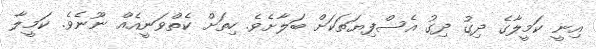
އިނީ ކަމީލާގެ ދިގު ދިގު އެސްފިޔަތަކަށް ބަލާށެވެ. ހިތަށް ކެތްވަނީއެއް ނޫނެވެ. ކަމީލާ